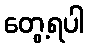
တွေ့ရပါ